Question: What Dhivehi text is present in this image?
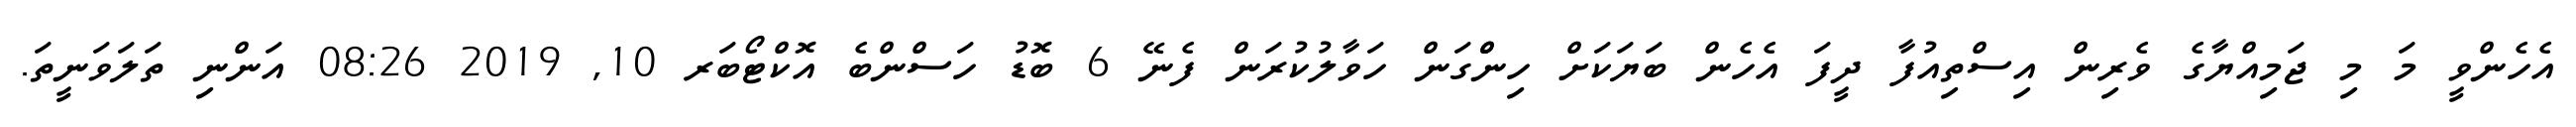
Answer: އެހެންވީ މަ މި ޖަމިއްޔާގެ ވެރިން އިސްތިއުފާ ދީފަ އެހެން ބަޔަކަށް ހިންްގަން ހަވާލުކުރަން ފެނޭ 6 ބޮޑު ހަސްންބެ އޮކްޓޯބަރ 10, 2019 08:26 އަންނި ތަލަވަނީތަ.